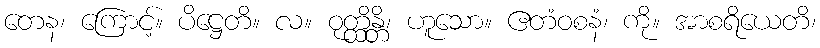
တေန၊ ကြောင့်။ ပိဋ္ဌေတိ။ လ။ ဝုတ္ထိန္တိ၊ ဟူသော။ ဧတံဝစနံ၊ ကို။ အာစရိယေတိ၊